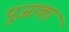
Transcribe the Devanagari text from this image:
पूजाका